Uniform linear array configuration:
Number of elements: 32
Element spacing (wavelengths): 0.5
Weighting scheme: uniform
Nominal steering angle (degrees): -15
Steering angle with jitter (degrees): -14.516
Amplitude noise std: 0.05
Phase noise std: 0.05

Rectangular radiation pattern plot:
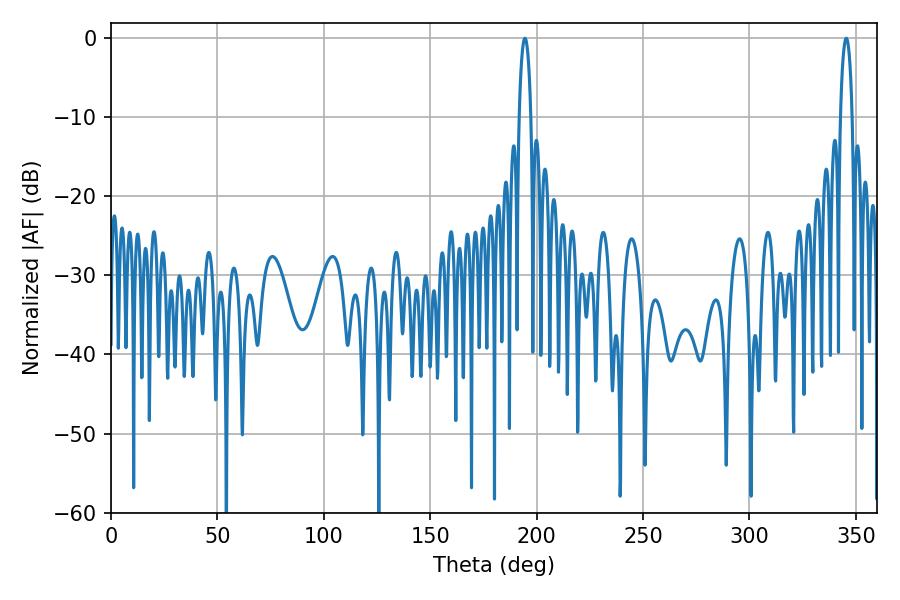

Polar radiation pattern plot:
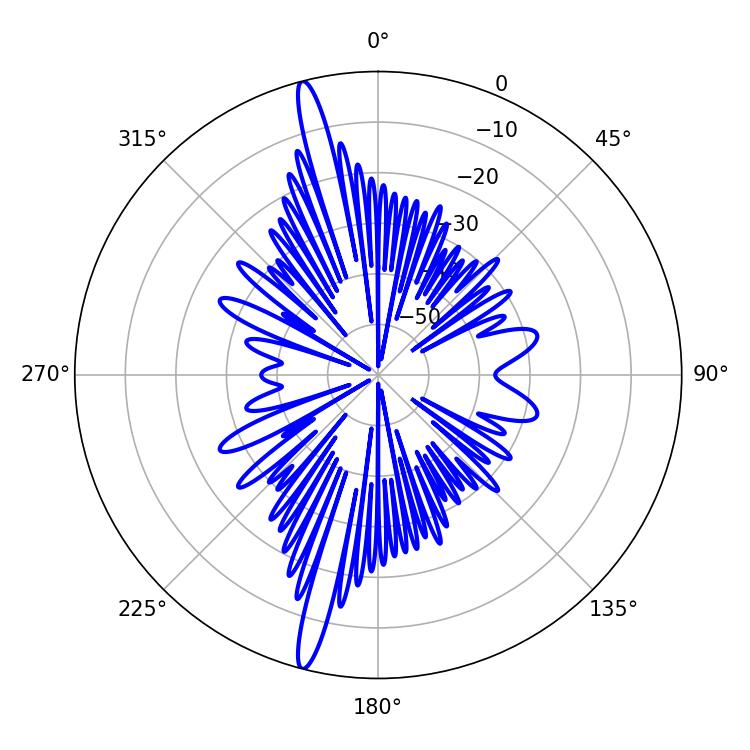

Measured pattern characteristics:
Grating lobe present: FALSE
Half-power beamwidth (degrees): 3.06
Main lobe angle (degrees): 345.42